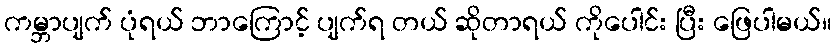
ကမ္ဘာပျက် ပုံရယ် ဘာကြောင့် ပျက်ရ တယ် ဆိုတာရယ် ကိုပေါင်း ပြီး ဖြေပါမယ်။